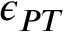
\epsilon _ { P T }